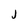
Character: J